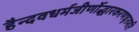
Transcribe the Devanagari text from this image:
हैन्दवधर्मजीर्णोद्धारकरणघृतमति